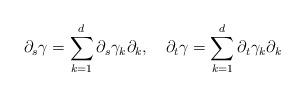
LaTeX: \begin{align*}\partial_s\gamma=\sum_{k=1}^d \partial_s\gamma_k\partial_k,\quad\partial_t\gamma=\sum_{k=1}^d\partial_t\gamma_k\partial_k\end{align*}